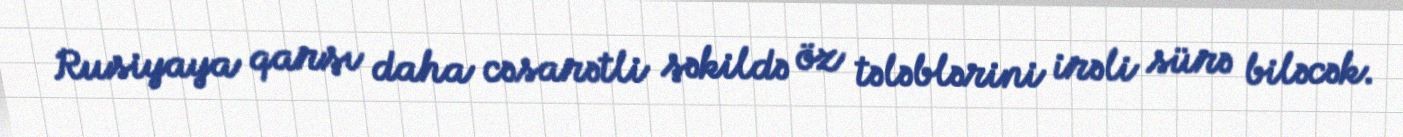
Rusiyaya qarşı daha cəsarətli şəkildə öz tələblərini irəli sürə biləcək.